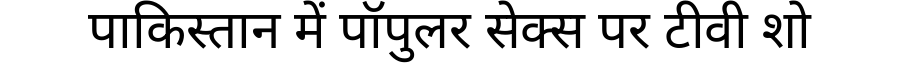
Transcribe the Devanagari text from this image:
पाकिस्तान में पॉपुलर सेक्स पर टीवी शो